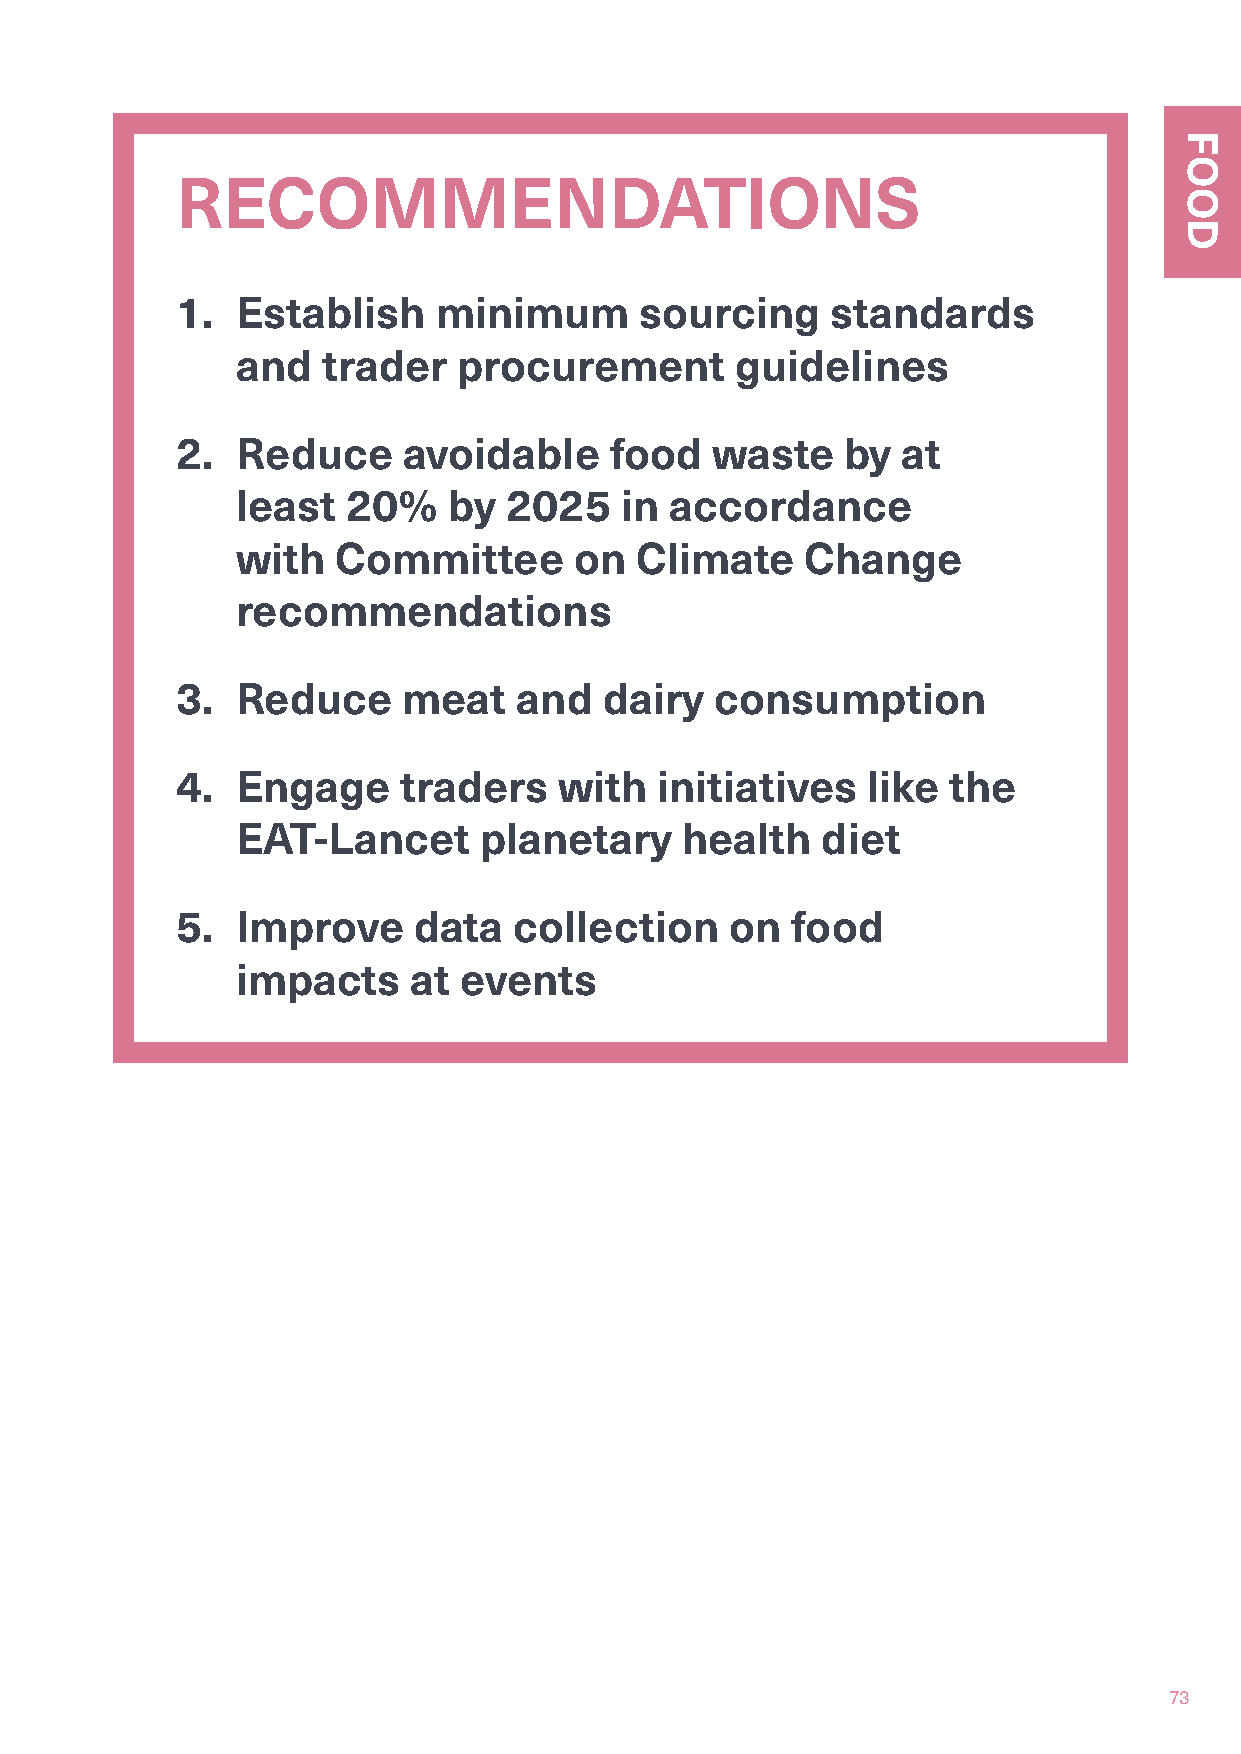
RECOMMENDATIONS
 1.  Establish    minimum      sourcing     standards
 and  trader   procurement        guidelines
 2.  Reduce     avoidable    food   waste    by  at
 least  20%    by 2025    in accordance
 with  Committee       on  Climate    Change
 recommendations
 3.  Reduce     meat   and   dairy  consumption
 4.  Engage     traders   with  initiatives   like  the
 EAT-Lancet      planetary    health   diet
 5.  Improve    data   collection    on  food
 impacts    at events
 73
 FOOD